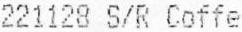
221128 S/R COFFE